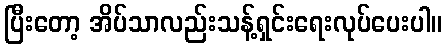
ပြီးတော့ အိပ်သာလည်းသန့်ရှင်းရေးလုပ်ပေးပါ။